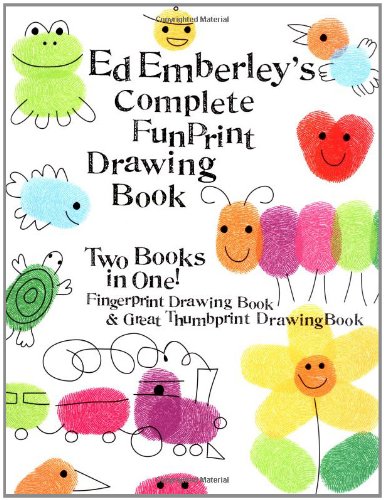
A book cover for Ed Emberley's Complete Funprint Drawing Book; Ed Emberley; Children's Books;